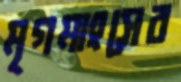
মৃগমাংসের